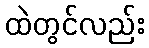
ထဲတွင်လည်း